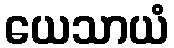
ယေသာယံ